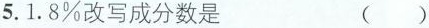
5. 1.8%改写成分数是 ( )